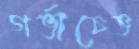
গর্ভাচেভ